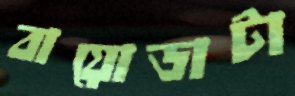
বায়োডাটা